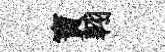
寶翱